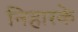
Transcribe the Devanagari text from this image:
निहारके